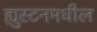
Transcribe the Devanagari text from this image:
ह्युस्टनमधील